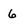
Character: 6